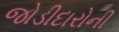
જોડીદારોની